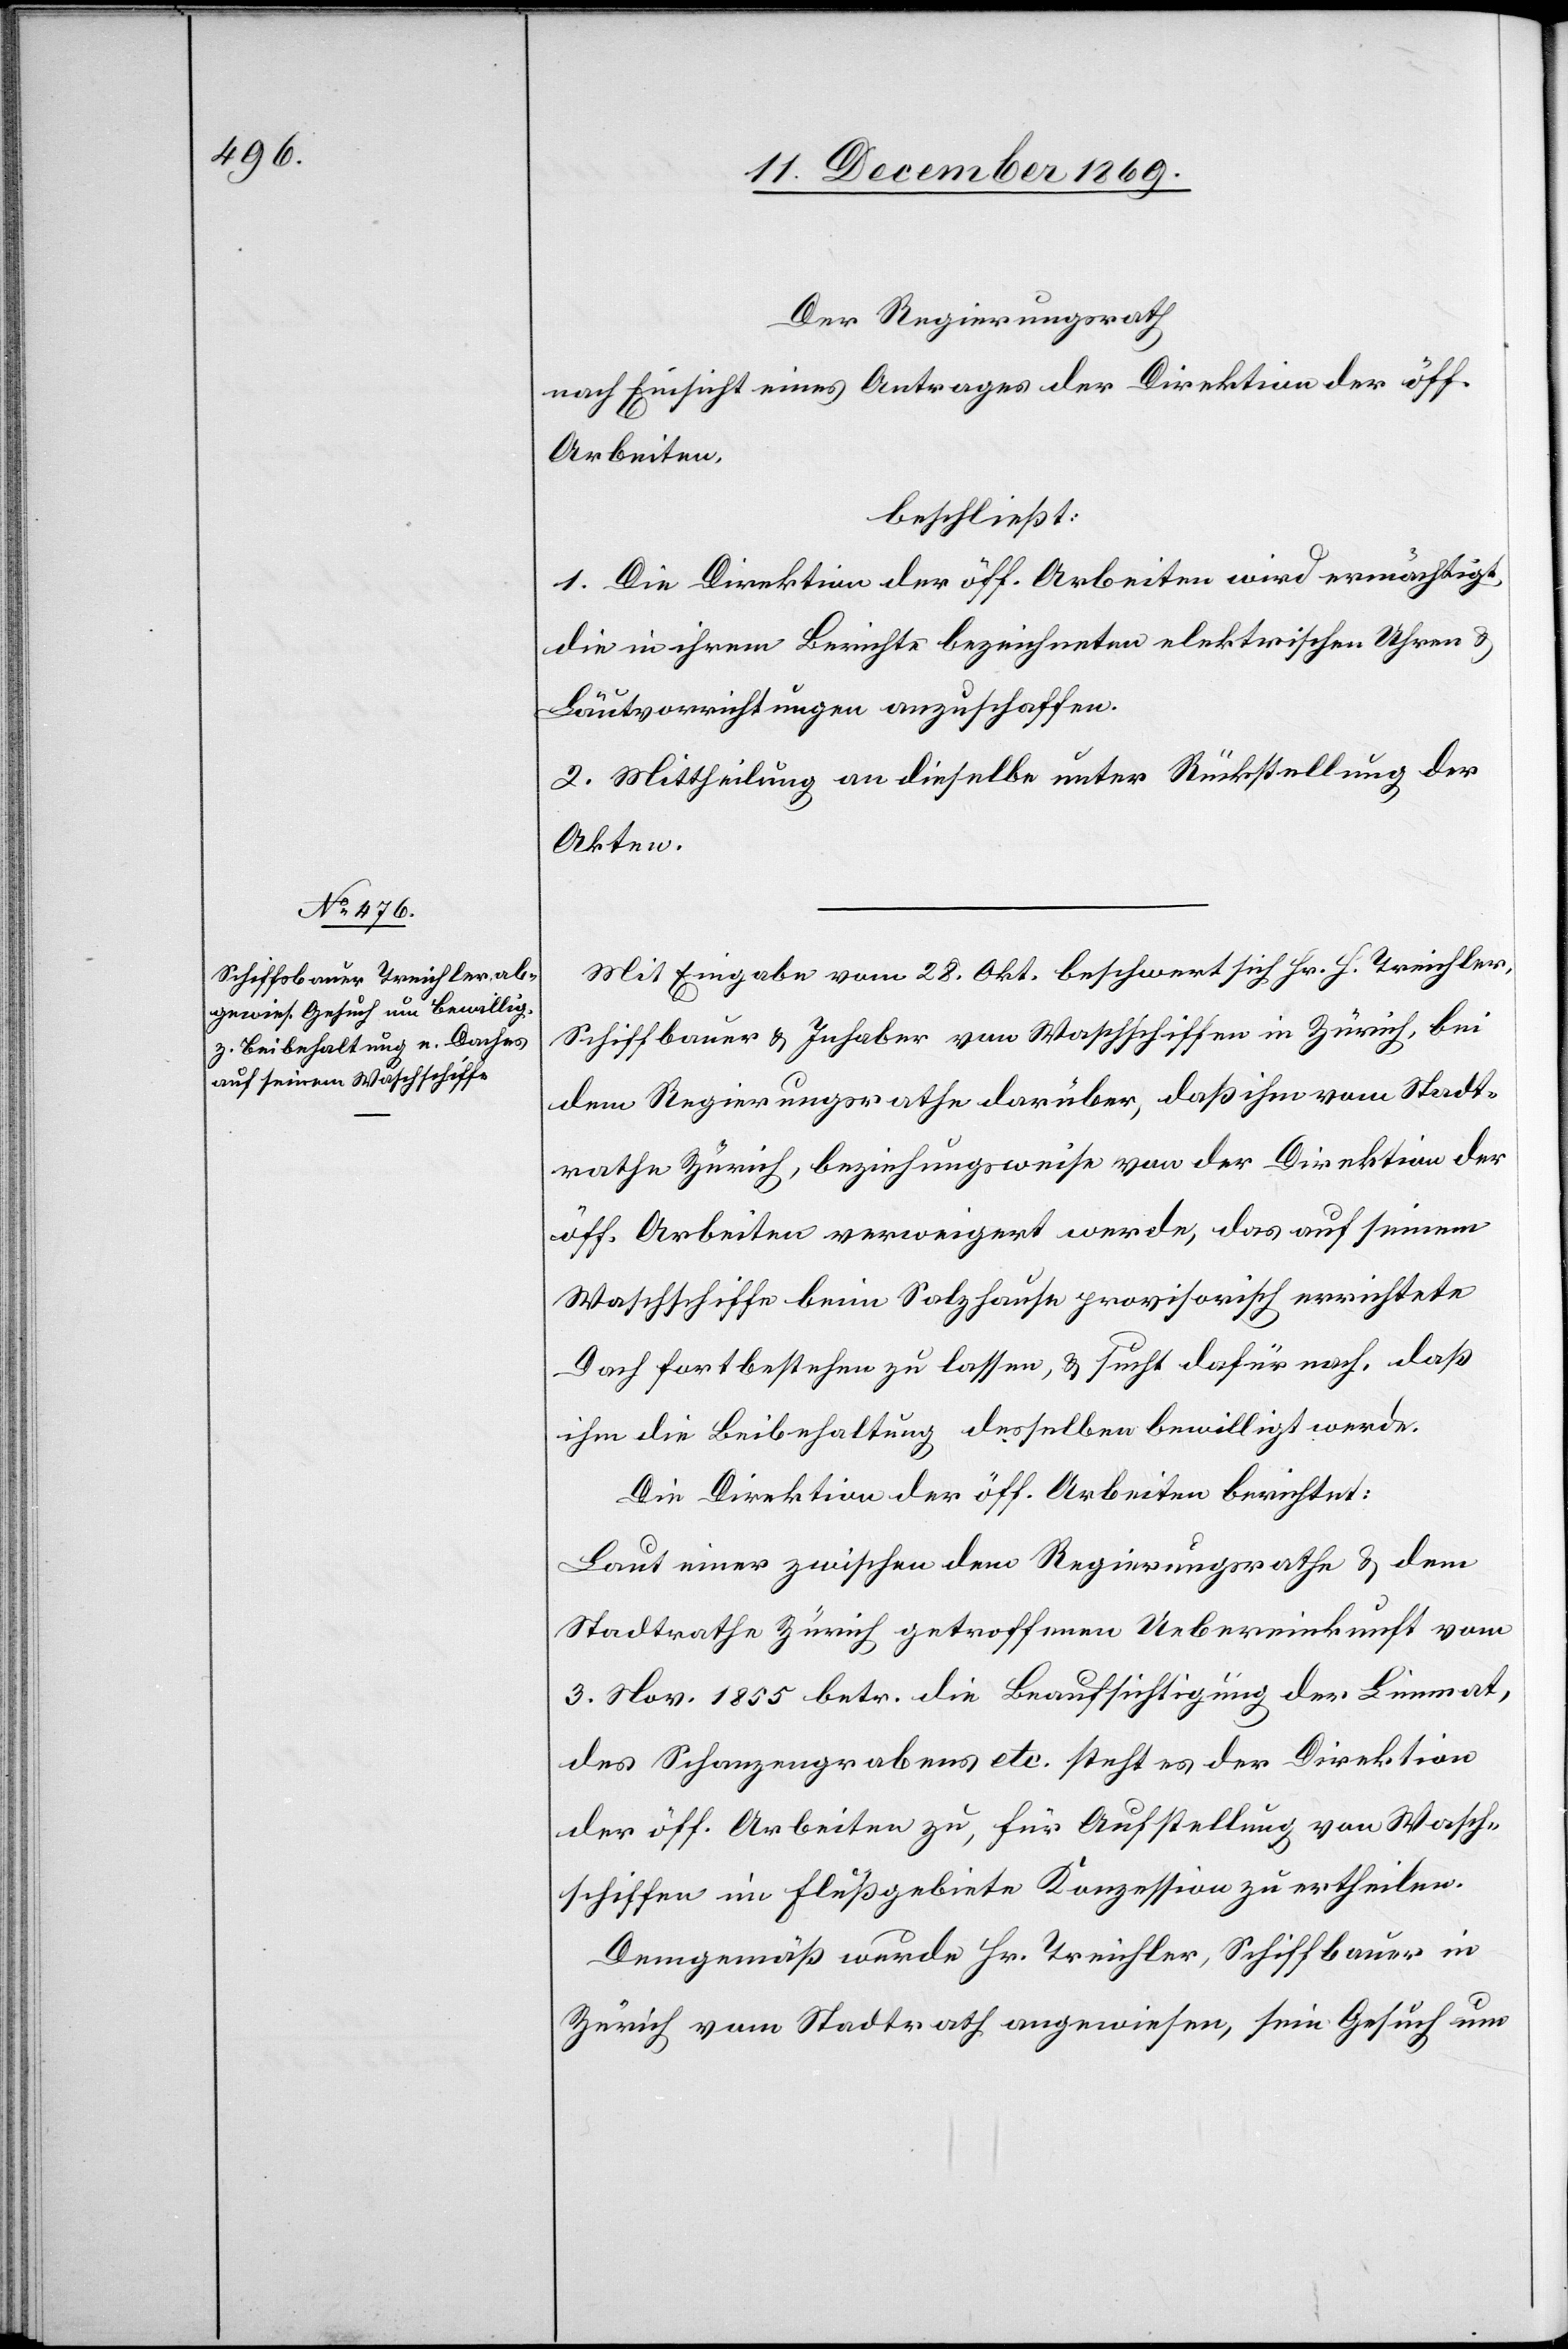
Der Regierungsrath
nach Einsicht eines Antrages der Direktion der öff.
Arbeiten,
beschließt:
1. Die Direktion der öff. Arbeiten wird ermächtigt,
die in ihrem Berichte bezeichneten elektrischen Uhren &
Läutvorrichtungen anzuschaffen.
2. Mittheilung an dieselbe unter Rückstellung der
Akten.
Mit Eingabe vom 28. Okt. beschwert sich Hr. H. Treichler,
Schiffbauer & Inhaber von Waschschiffen in Zürich, bei
dem Regierungsrathe darüber, daß ihm vom Stadt¬
rathe Zürich, beziehungsweise von der Direktion der
öff. Arbeiten verweigert werde, das auf seinem
Waschschiffe beim Salzhause provisorisch errichtete
Dach fortbestehen zu lassen, & sucht dafür nach, daß
ihm die Beibehaltung desselben bewilligt werde.
Die Direktion der öff. Arbeiten berichtet:
Laut einer zwischen dem Regierungsrathe & dem
Stadtrathe Zürich getroffenen Uebereinkunft vom
3. Nov. 1855 betr. die Beaufsichtigung der Limmat,
des Schanzengrabens etc. steht es der Direktion
der öff. Arbeiten zu, für Aufstellung von Wasch¬
schiffen im Flußgebiete Konzession zu ertheilen.
Demgemäß wurde Hr. Treichler, Schiffbauer in
Zürich vom Stadtrath angewiesen, sein Gesuch um